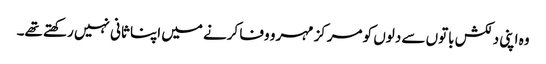
وہ اپنی دلکش باتوں سے دلوں کو مرکز مہر و وفا کرنے میں اپنا ثانی نہیں رکھتے تھے۔